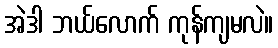
အဲဒါ ဘယ်လောက် ကုန်ကျမလဲ။